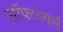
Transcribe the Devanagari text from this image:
सॉफ्टवर्क्स